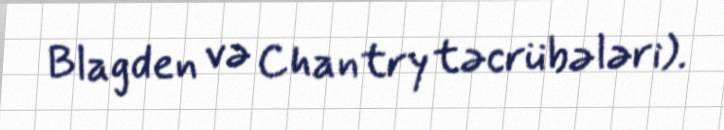
Blagden və Chantry təcrübələri).